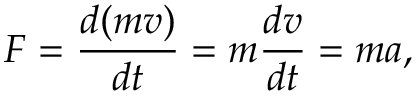
F = { \frac { d ( m v ) } { d t } } = m { \frac { d v } { d t } } = m a ,